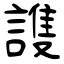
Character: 謢